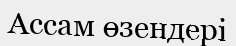
Ассам өзендері